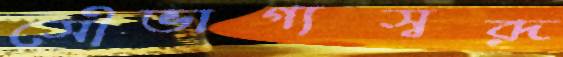
সৌভাগ্যস্বরূ